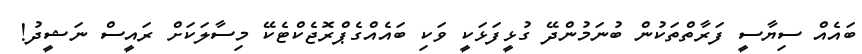
ބައެއް ސިޔާސީ ފަރާތްތަކުން ބުނަމުންދޭ ގުޅީފަޅަކީ ވަކި ބައެއްގެޕްރޮޖެކްޓެކޭ މިސާލަކަށް ރައީސް ނަޝީދު!